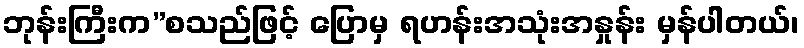
ဘုန်းကြီးက”စသည်ဖြင့် ပြောမှ ရဟန်းအသုံးအနှုန်း မှန်ပါတယ်၊